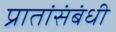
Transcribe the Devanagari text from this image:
प्रातांसंबंधी